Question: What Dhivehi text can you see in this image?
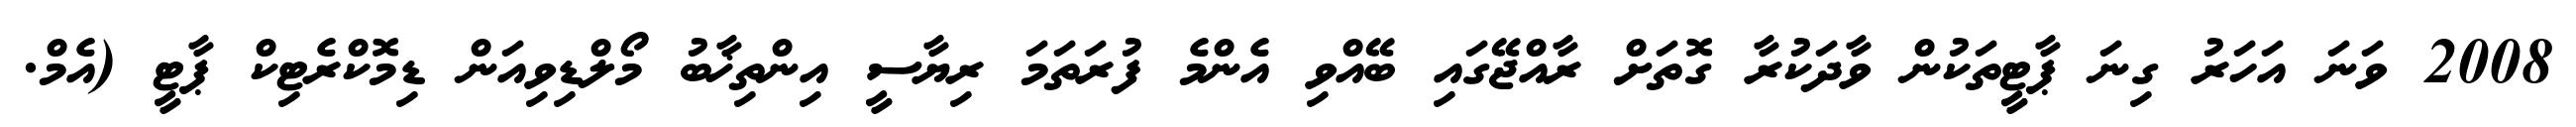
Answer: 2008 ވަނަ އަހަރު ގިނަ ޕާޓީތަކުން ވާދަކުރާ ގޮތަށް ރާއްޖޭގައި ބޭއްވި އެންމެ ފުރަތަމަ ރިޔާސީ އިންތިޚާބު މޯލްޑިވިއަން ޑިމޮކްރެޓިކް ޕާޓީ (އެމް.